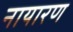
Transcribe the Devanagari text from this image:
नायारण